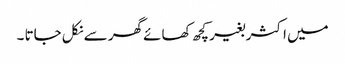
میں اکثر بغیر کچھ کھائے گھر سے نکل جاتا ۔